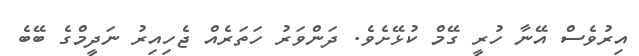
އިރުވެސް އޭނާ ހުރީ ގޭމް ކުޅޭށެވެ. ދަންވަރު ހަތަރެއް ޖެހިއިރު ނަދީމްގެ ބޭބެ